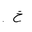
Letter: _kha